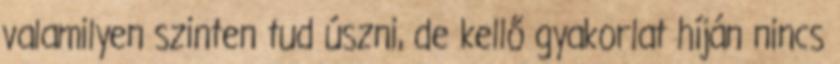
valamilyen szinten tud úszni, de kellő gyakorlat híján nincs